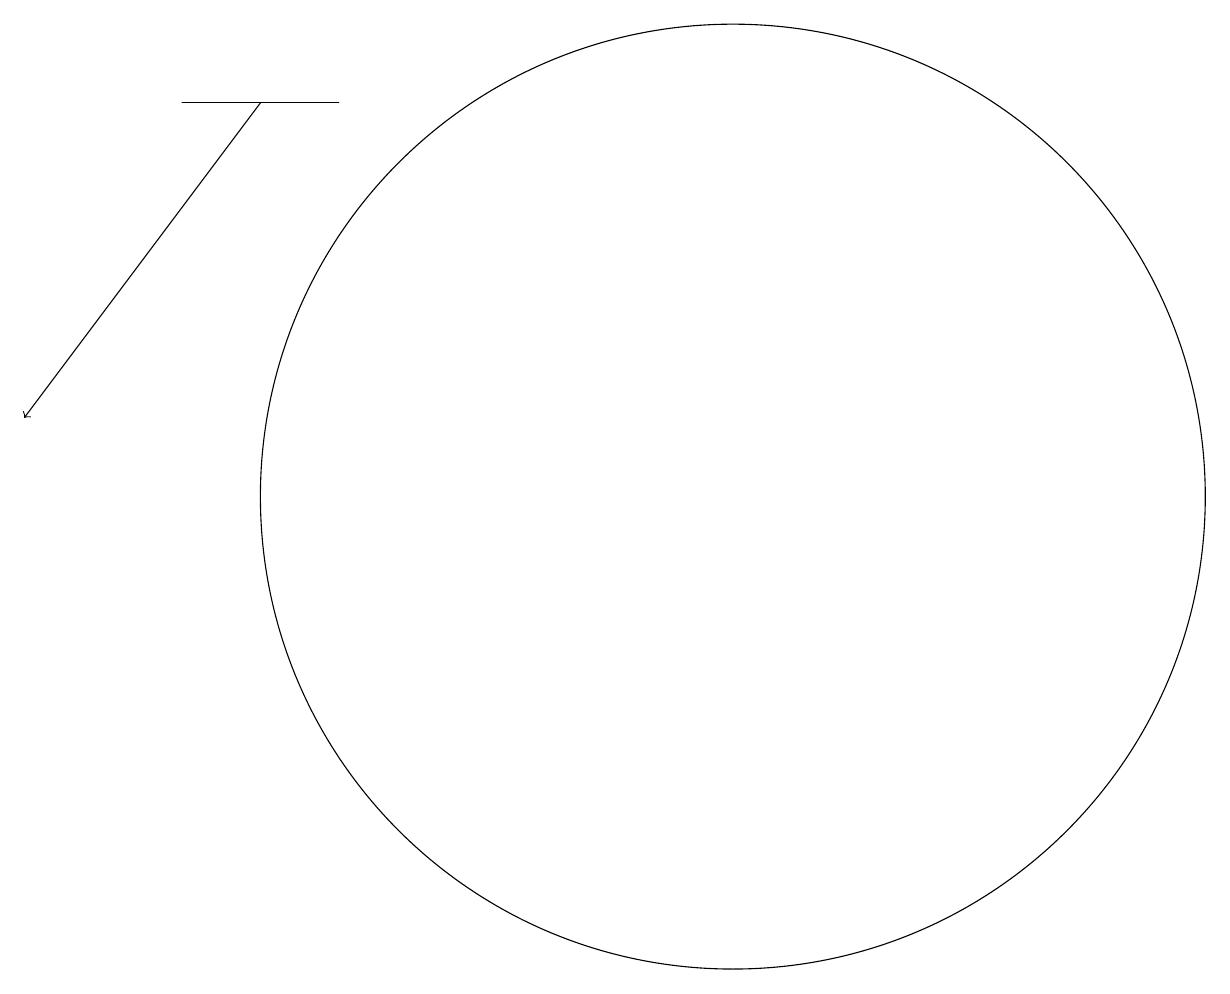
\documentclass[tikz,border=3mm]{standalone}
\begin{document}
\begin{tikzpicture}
\draw[->] (4,15) -- (1,11);
\draw (5,15) rectangle (3,15);
\draw (10,10) circle (6);
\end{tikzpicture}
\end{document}